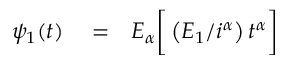
\begin{array} { r l r } { \psi _ { 1 } ( t ) } & { { } = } & { E _ { \alpha } \bigg [ \left( E _ { 1 } / i ^ { \alpha } \right) t ^ { \alpha } \bigg ] } \end{array}